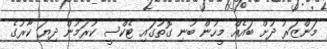
މަންޒަރު ދުށް ބައެއް މީހުން ބުނި ގޮތުގައި ޓެކްސީ ކުރަމުން ދިޔަ ކާރުގެ